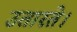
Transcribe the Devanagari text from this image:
उतारते।